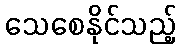
သေစေနိုင်သည့်